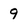
Character: 9